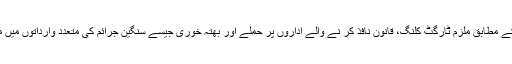
رینجرز کے مطابق ملزم ٹارگٹ کلنگ، قانون نافذ کر نے والے اداروں پر حملے اور بھتہ خوری جیسے سنگین جرائم کی متعدد وارداتوں میں ملوث ہے۔